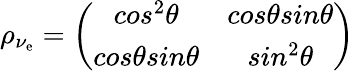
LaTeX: \rho_{\nu_{\mathrm{e}}}=\left(\begin{array}{cc}{{cos^{2}\theta}}&{{cos\theta sin\theta}}\\ {{cos\theta sin\theta}}&{{sin^{2}\theta}}\end{array}\right)